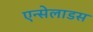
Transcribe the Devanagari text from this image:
एन्सेलाडस